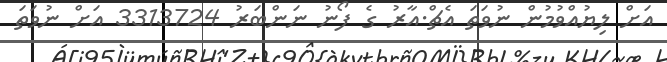
އަށް ލިޔުއްވުމުން ނުވަތަ އެޗް.އާރު ގެ ފޯނު ނަންބަރު 3313724 އަށް ނުވަތަ